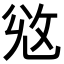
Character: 𢼠